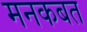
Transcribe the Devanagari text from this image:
मनकबत